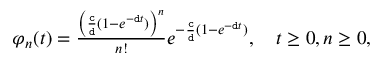
\begin{array} { r } { \varphi _ { n } ( t ) = \frac { \left( \frac { \mathtt { c } } { \mathtt { d } } ( 1 - e ^ { - \mathtt { d } t } ) \right) ^ { n } } { n ! } e ^ { - \frac { \mathtt { c } } { \mathtt { d } } ( 1 - e ^ { - \mathtt { d } t } ) } , \quad t \geq 0 , n \geq 0 , } \end{array}